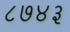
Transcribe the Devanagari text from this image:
८७४३